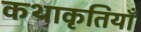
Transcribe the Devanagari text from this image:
कथाकृतियाँ